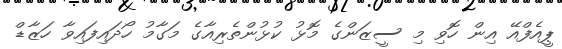
ޕީއެފްއޭ އިން ހޮވި މި ސީޒަންގެ މޮޅު ކުޅުންތެރިއާގެ މަގާމު ހޯދައިފައިވާ ހަޒާޑް